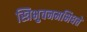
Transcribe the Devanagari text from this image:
स्त्रिभुवनमभिधत्ते